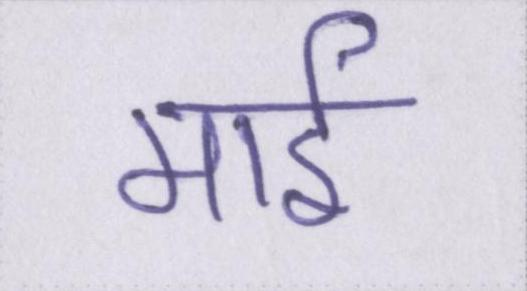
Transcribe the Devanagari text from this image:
माई